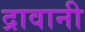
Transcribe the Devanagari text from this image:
द्रावानी